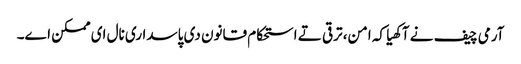
آرمی چیف نے آکھیا کہ امن، ترقی تے استحکام قانون دی پاسداری نال ای ممکن اے۔